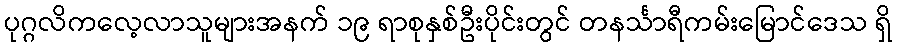
ပုဂ္ဂလိကလေ့လာသူများအနက် ၁၉ ရာစုနှစ်ဦးပိုင်းတွင် တနင်္သာရီကမ်းမြောင်ဒေသ ရှိ